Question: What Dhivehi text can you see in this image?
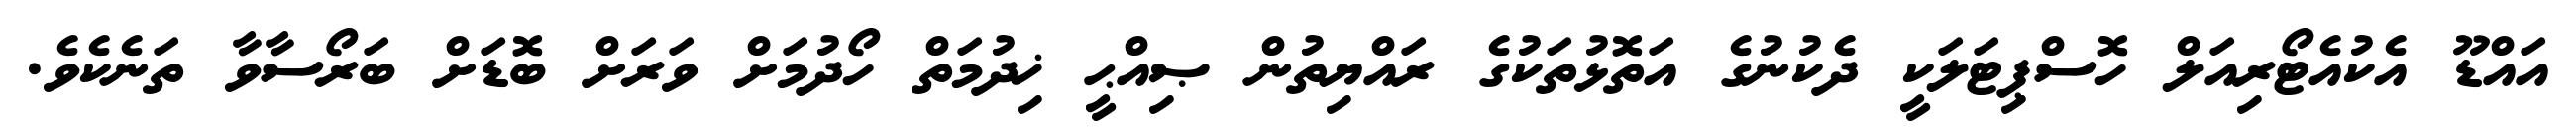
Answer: އައްޑޫ އެކުއެޓޯރިއަލް ހޮސްޕިޓަލަކީ ދެކުނުގެ އަތޮޅުތަކުގެ ރައްޔިތުން ޞިއްޙީ ޚިދުމަތް ހޯދުމަށް ވަރަށް ބޮޑަށް ބަރޯސާވާ ތަނެކެވެ.